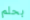
بحلم